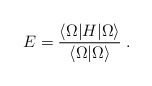
\begin{align*}E=\frac {\langle \Omega | H | \Omega \rangle} {\langle \Omega | \Omega \rangle} \; .\end{align*}